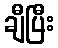
ချီပြီး